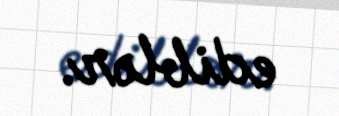
ediblər.